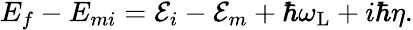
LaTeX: \begin{array}{r}{E_{f}-E_{mi}={\cal E}_{i}-{\cal E}_{m}+\hbar\omega_{\mathrm{L}}+i\hbar\eta.}\end{array}